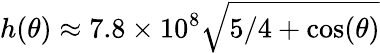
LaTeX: h(\theta)\approx 7.8\times 10^{8}\sqrt{5/4+\cos(\theta)}